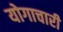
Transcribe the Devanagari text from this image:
योगाचारी